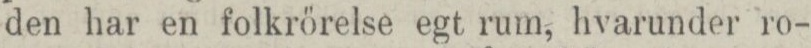
den har en folkrörelse egt rum, hvarunder ro-